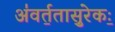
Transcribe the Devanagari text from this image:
अ॑वर्त॒तासु॒रेकः॒